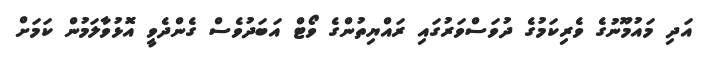
އަދި މައުމޫނުގެ ވެރިކަމުގެ ދުވަސްވަރުގައި ރައްޔިތުންގެ ވޯޓް އަބަދުވެސް ގެންދެވީ އޮޅުވާލަމުން ކަމަށް